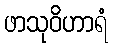
ဖာသုဝိဟာရံ